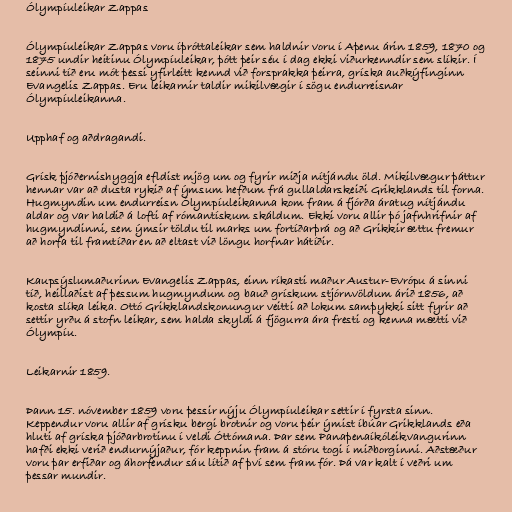
Ólympíuleikar Zappas

Ólympíuleikar Zappas voru íþróttaleikar sem haldnir voru í Aþenu árin 1859, 1870 og
1875 undir heitinu Ólympíuleikar, þótt þeir séu í dag ekki viðurkenndir sem slíkir. Í
seinni tíð eru mót þessi yfirleitt kennd við forsprakka þeirra, gríska auðkýfinginn
Evangelis Zappas. Eru leikarnir taldir mikilvægir í sögu endurreisnar
Ólympíuleikanna.

Upphaf og aðdragandi.

Grísk þjóðernishyggja efldist mjög um og fyrir miðja nítjándu öld. Mikilvægur þáttur
hennar var að dusta rykið af ýmsum hefðum frá gullaldarskeiði Grikklands til forna.
Hugmyndin um endurreisn Ólympíuleikanna kom fram á fjórða áratug nítjándu
aldar og var haldið á lofti af rómantískum skáldum. Ekki voru allir þó jafnhrifnir af
hugmyndinni, sem ýmsir töldu til marks um fortíðarþrá og að Grikkir ættu fremur
að horfa til framtíðar en að eltast við löngu horfnar hátíðir.

Kaupsýslumaðurinn Evangelis Zappas, einn ríkasti maður Austur-Evrópu á sinni
tíð, heillaðist af þessum hugmyndum og bauð grískum stjórnvöldum árið 1856, að
kosta slíka leika. Ottó Grikklandskonungur veitti að lokum samþykki sitt fyrir að
settir yrðu á stofn leikar, sem halda skyldi á fjögurra ára fresti og kenna mætti við
Ólympíu.

Leikarnir 1859.

Þann 15. nóvember 1859 voru þessir nýju Ólympíuleikar settir í fyrsta sinn.
Keppendur voru allir af grísku bergi brotnir og voru þeir ýmist íbúar Grikklands eða
hluti af gríska þjóðarbrotinu í veldi Óttómana. Þar sem Panaþenaíkóleikvangurinn
hafði ekki verið endurnýjaður, fór keppnin fram á stóru togi í miðborginni. Aðstæður
voru þar erfiðar og áhorfendur sáu lítið af því sem fram fór. Þá var kalt í veðri um
þessar mundir.